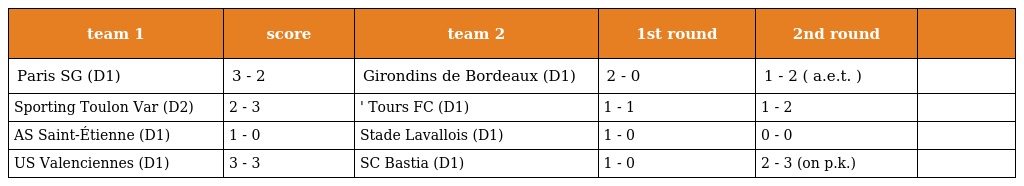
| team 1 | score | team 2 | 1st round | 2nd round |  |
 | --- | --- | --- | --- | --- | --- |
 | Paris SG (D1) | 3 - 2 | Girondins de Bordeaux (D1) | 2 - 0 | 1 - 2 ( a.e.t. ) |  |
 | Sporting Toulon Var (D2) | 2 - 3 | ' Tours FC (D1) | 1 - 1 | 1 - 2 |  |
 | AS Saint-Étienne (D1) | 1 - 0 | Stade Lavallois (D1) | 1 - 0 | 0 - 0 |  |
 | US Valenciennes (D1) | 3 - 3 | SC Bastia (D1) | 1 - 0 | 2 - 3 (on p.k.) |  |